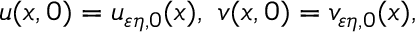
u ( x , 0 ) = u _ { \varepsilon \eta , 0 } ( x ) , \ v ( x , 0 ) = v _ { \varepsilon \eta , 0 } ( x ) ,